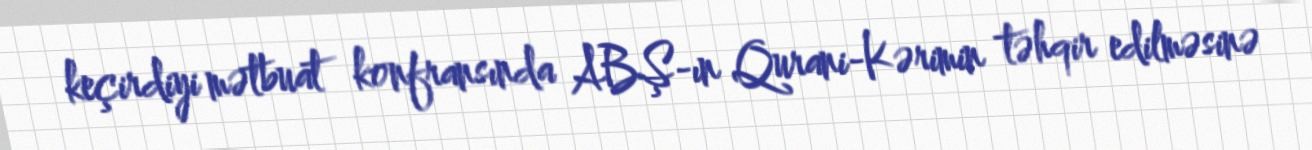
keçirdiyi mətbuat konfransında ABŞ-ın Qurani-Kərimin təhqir edilməsinə